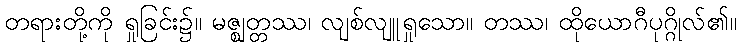
တရားတို့ကို ရှုခြင်း၌။ မဇ္ဈတ္တဿ၊ လျစ်လျူရှုသော။ တဿ၊ ထိုယောဂီပုဂ္ဂိုလ်၏။